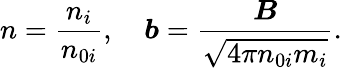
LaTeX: n=\frac{n_{i}}{n_{0i}},\quad\boldsymbol{b}=\frac{\boldsymbol{B}}{\sqrt{4\pi n_{0i}m_{i}}}.